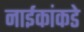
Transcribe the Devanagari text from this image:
नाईकांकडे